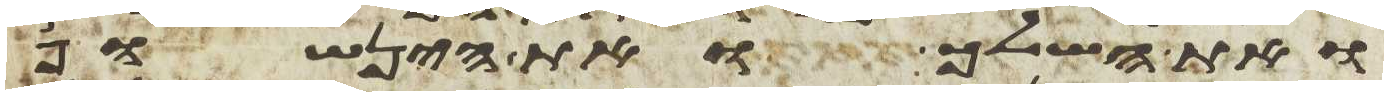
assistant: ואת השלך ואת הינשוף